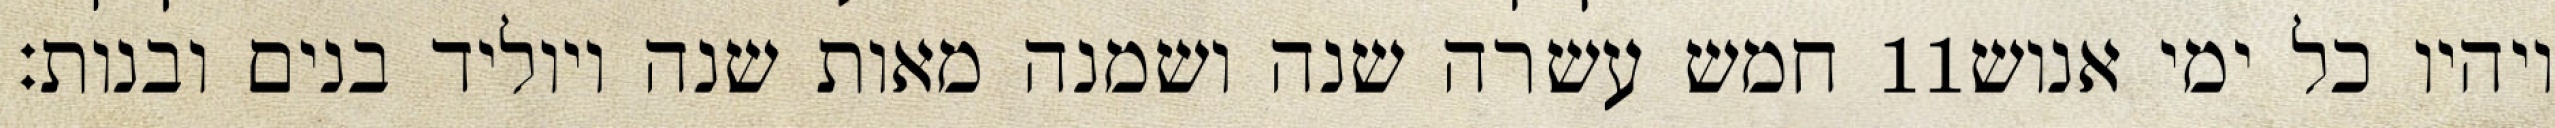
חמש עשרה שנה ושמנה מאות שנה ויוליד בנים ובנות׃ ‎11‏ ויהיו כל ימי אנוש